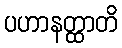
ပဟာနတ္ထာတိ